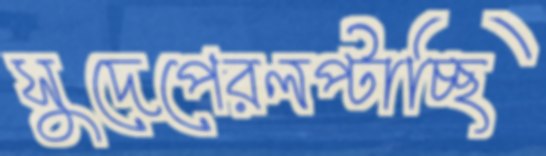
সুদেপেরলপ্‌টাচ্ছি